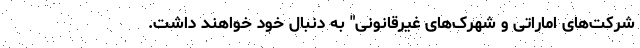
شرکت‌های اماراتی و شهرک‌های غیرقانونی" به دنبال خود خواهند داشت.